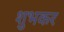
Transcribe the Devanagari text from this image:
शुभकर